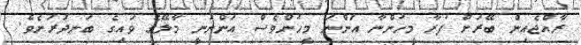
ރާއްޖެއިން ބޭރަށް ފުރާ މީހުންނާ އަންނަ މީހުންވެސް އަންނަނީ މާލޭގެ ވައިގެ ބަނދަރަށެވެ.